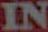
IN